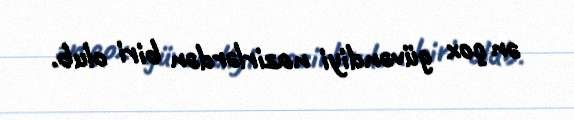
ən çox güvəndiyi nazirlərdən biri olub.